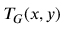
T _ { G } ( x , y )